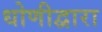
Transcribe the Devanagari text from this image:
धोणीद्वारा